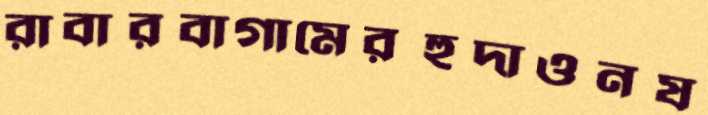
রাবারবাগামেরহুদাওনষ